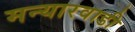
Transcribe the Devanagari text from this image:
मन्यारवाडी